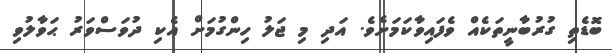
ބޮޑެތި ގުރުބާނީތަކެއް ވެފައިވާކަމަށެވެ. އަދި މި ޖަލު ހިންގުމަށް އެކި ދުވަސްވަރު ޙަވާލުވި